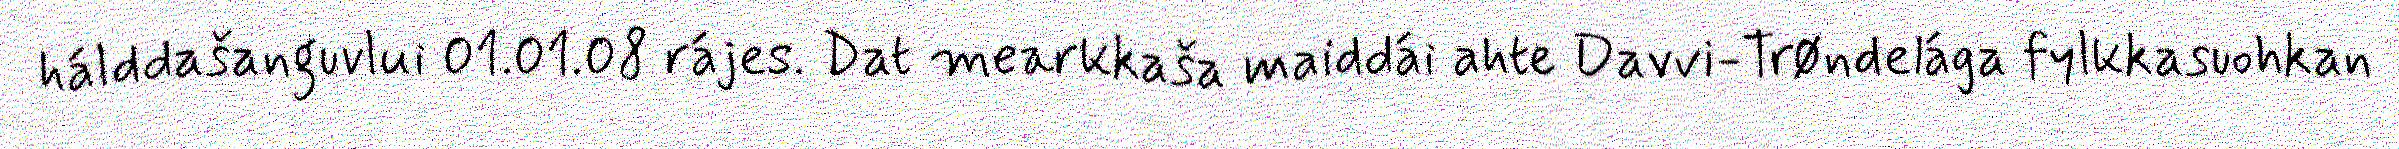
hálddašanguvlui 01.01.08 rájes. Dat mearkkaša maiddái ahte Davvi-Trøndelága fylkkasuohkan